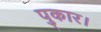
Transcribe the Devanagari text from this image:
पुकार।